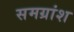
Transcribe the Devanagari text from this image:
समग्रांश